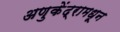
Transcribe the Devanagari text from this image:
अणुकेंद्रामधून